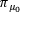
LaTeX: \pi _ { \mu _ { 0 } }